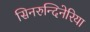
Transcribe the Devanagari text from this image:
सिनरुन्दिनेरिया